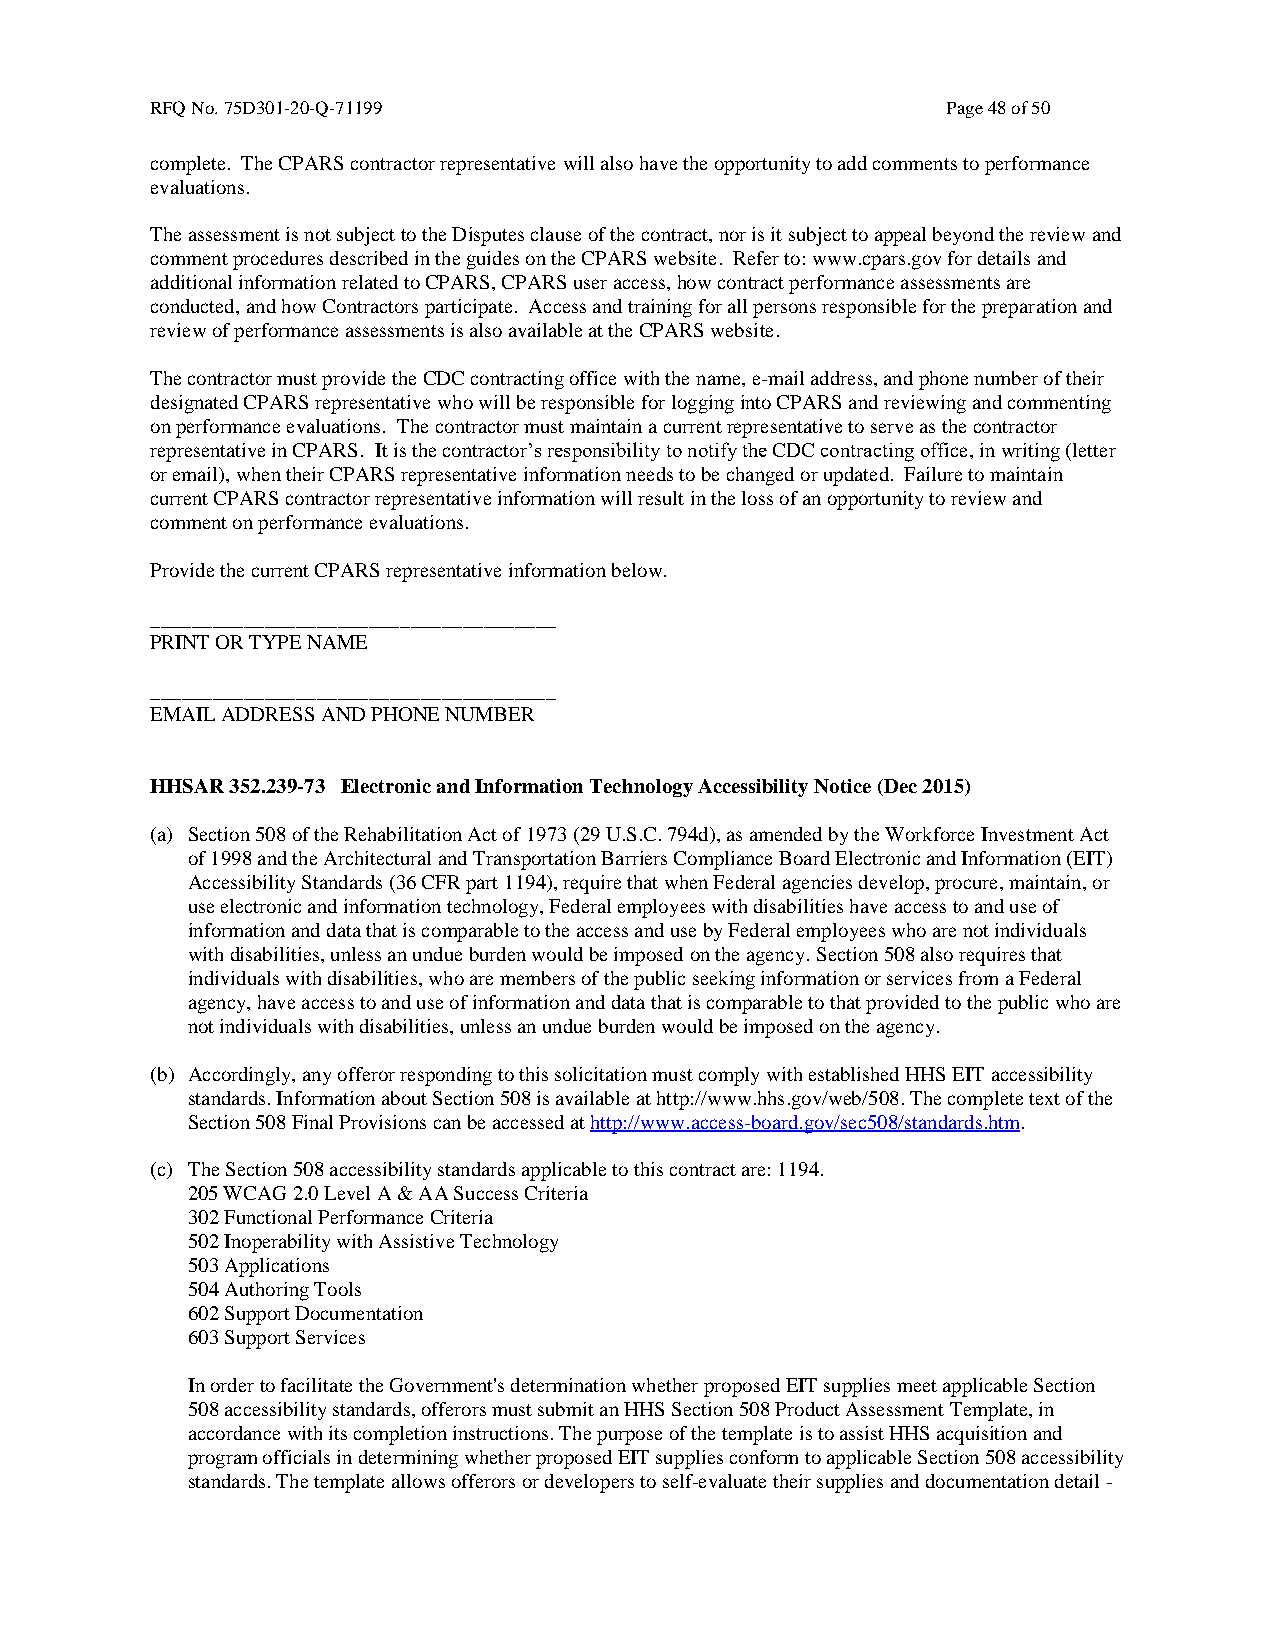
RFQ No. 75D301-20-Q-71199                            Page 48 of 50
 complete. The CPARS contractor representative will also have the opportunity to add comments to performance
 evaluations.
 The assessment is not subject to the Disputes clause of the contract, nor is it subject to appeal beyond the review and
 comment procedures described in the guides on the CPARS website. Refer to: www.cpars.gov for details and
 additional information related to CPARS, CPARS user access, how contract performance assessments are
 conducted, and how Contractors participate. Access and training for all persons responsible for the preparation and
 review of performance assessments is also available at the CPARS website.
 The contractor must provide the CDC contracting office with the name, e-mail address, and phone number of their
 designated CPARS representative who will be responsible for logging into CPARS and reviewing and commenting
 on performance evaluations. The contractor must maintain a current representative to serve as the contractor
 representative in CPARS. It is the contractor’s responsibility to notify the CDC contracting office, in writing (letter
 or email), when their CPARS representative information needs to be changed or updated. Failure to maintain
 current CPARS contractor representative information will result in the loss of an opportunity to review and
 comment on performance evaluations.
 Provide the current CPARS representative information below.
 _______________________________________
 PRINT OR TYPE NAME
 _______________________________________
 EMAIL ADDRESS AND PHONE NUMBER
 HHSAR 352.239-73 Electronic and Information Technology Accessibility Notice (Dec 2015)
 (a) Section 508 of the Rehabilitation Act of 1973 (29 U.S.C. 794d), as amended by the Workforce Investment Act
 of 1998 and the Architectural and Transportation Barriers Compliance Board Electronic and Information (EIT)
 Accessibility Standards (36 CFR part 1194), require that when Federal agencies develop, procure, maintain, or
 use electronic and information technology, Federal employees with disabilities have access to and use of
 information and data that is comparable to the access and use by Federal employees who are not individuals
 with disabilities, unless an undue burden would be imposed on the agency. Section 508 also requires that
 individuals with disabilities, who are members of the public seeking information or services from a Federal
 agency, have access to and use of information and data that is comparable to that provided to the public who are
 not individuals with disabilities, unless an undue burden would be imposed on the agency.
 (b) Accordingly, any offeror responding to this solicitation must comply with established HHS EIT accessibility
 standards. Information about Section 508 is available at http://www.hhs.gov/web/508. The complete text of the
 Section 508 Final Provisions can be accessed at http://www.access-board.gov/sec508/standards.htm.
 (c) The Section 508 accessibility standards applicable to this contract are: 1194.
 205 WCAG 2.0 Level A & AA Success Criteria
 302 Functional Performance Criteria
 502 Inoperability with Assistive Technology
 503 Applications
 504 Authoring Tools
 602 Support Documentation
 603 Support Services
 In order to facilitate the Government's determination whether proposed EIT supplies meet applicable Section
 508 accessibility standards, offerors must submit an HHS Section 508 Product Assessment Template, in
 accordance with its completion instructions. The purpose of the template is to assist HHS acquisition and
 program officials in determining whether proposed EIT supplies conform to applicable Section 508 accessibility
 standards. The template allows offerors or developers to self-evaluate their supplies and documentation detail -